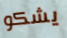
يشكو